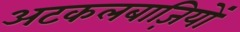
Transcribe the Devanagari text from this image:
अटकलबाज़ियों